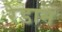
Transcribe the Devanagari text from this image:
रेडान